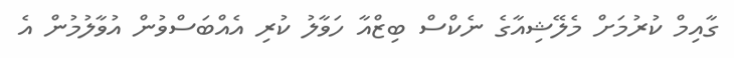
ގާއިމް ކުރުމަށް މެލޭޝިއާގެ ނެކްސް ބިޒްއާ ހަވާލު ކުރި އެއްބަސްވުން އުވާލުމުން އެ